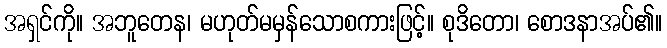
အရှင်ကို။ အဘူတေန၊ မဟုတ်မမှန်သောစကားဖြင့်။ စုဒိတော၊ စောဒနာအပ်၏။